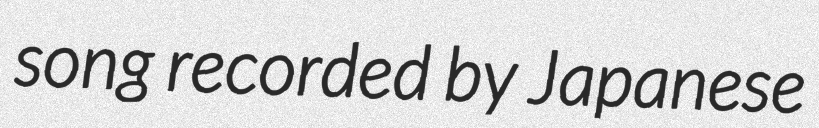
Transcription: song recorded by Japanese